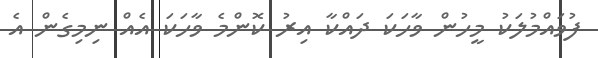
ފުވައްމުލަކު މީހުން ވާހަކަ ދައްކާ އިރު ކޮންމެ ވާހަކަ އެއް ނިމިގެން އެ